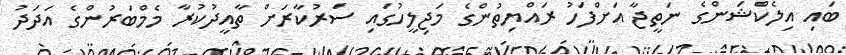
ބައި އިލެކްޝަންގެ ނަތީޖާ އަށްފަހު ރައްޔިތުންގެ މަޖިލީހުގައި ސަރުކާރަށް ތާއީދުކުރާ މެމްބަރުންގެ އަދަދު